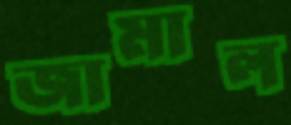
জামাল